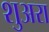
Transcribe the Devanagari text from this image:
शुअरा